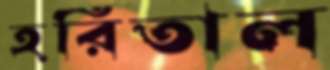
হরিতাল